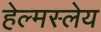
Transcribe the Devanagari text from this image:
हेल्मस्लेय